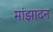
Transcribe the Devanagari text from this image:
मांझादन